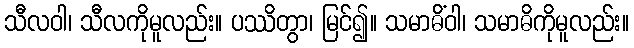
သီလဝါ၊ သီလကိုမူလည်း။ ပဿိတွာ၊ မြင်၍။ သမာဓိံဝါ၊ သမာဓိကိုမူလည်း။